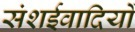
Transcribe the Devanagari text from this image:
संशईवादियों